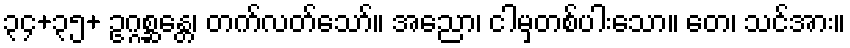
၃၄+၃၅+ ဥဂ္ဂစ္ဆန္တေ၊ တက်လတ်သော်။ အညော၊ ငါမှတစ်ပါးသော။ တေ၊ သင်အား။